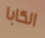
الكابا